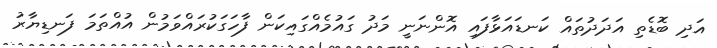
އަދި ބޮޑެތި އަދަދުތައް ކަނޑައަޅާފައި އޮންނަނީ މަދު ގައުމެއްގައިކަން ފާހަގަކުރައްވަމުން އުއްތަމަ ފަނޑިޔާރު